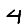
Digit: 4